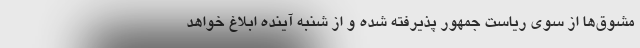
مشوق‌ها از سوی ریاست جمهور پذیرفته شده و از شنبه آینده ابلاغ خواهد